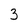
Character: 3